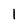
Character: 1